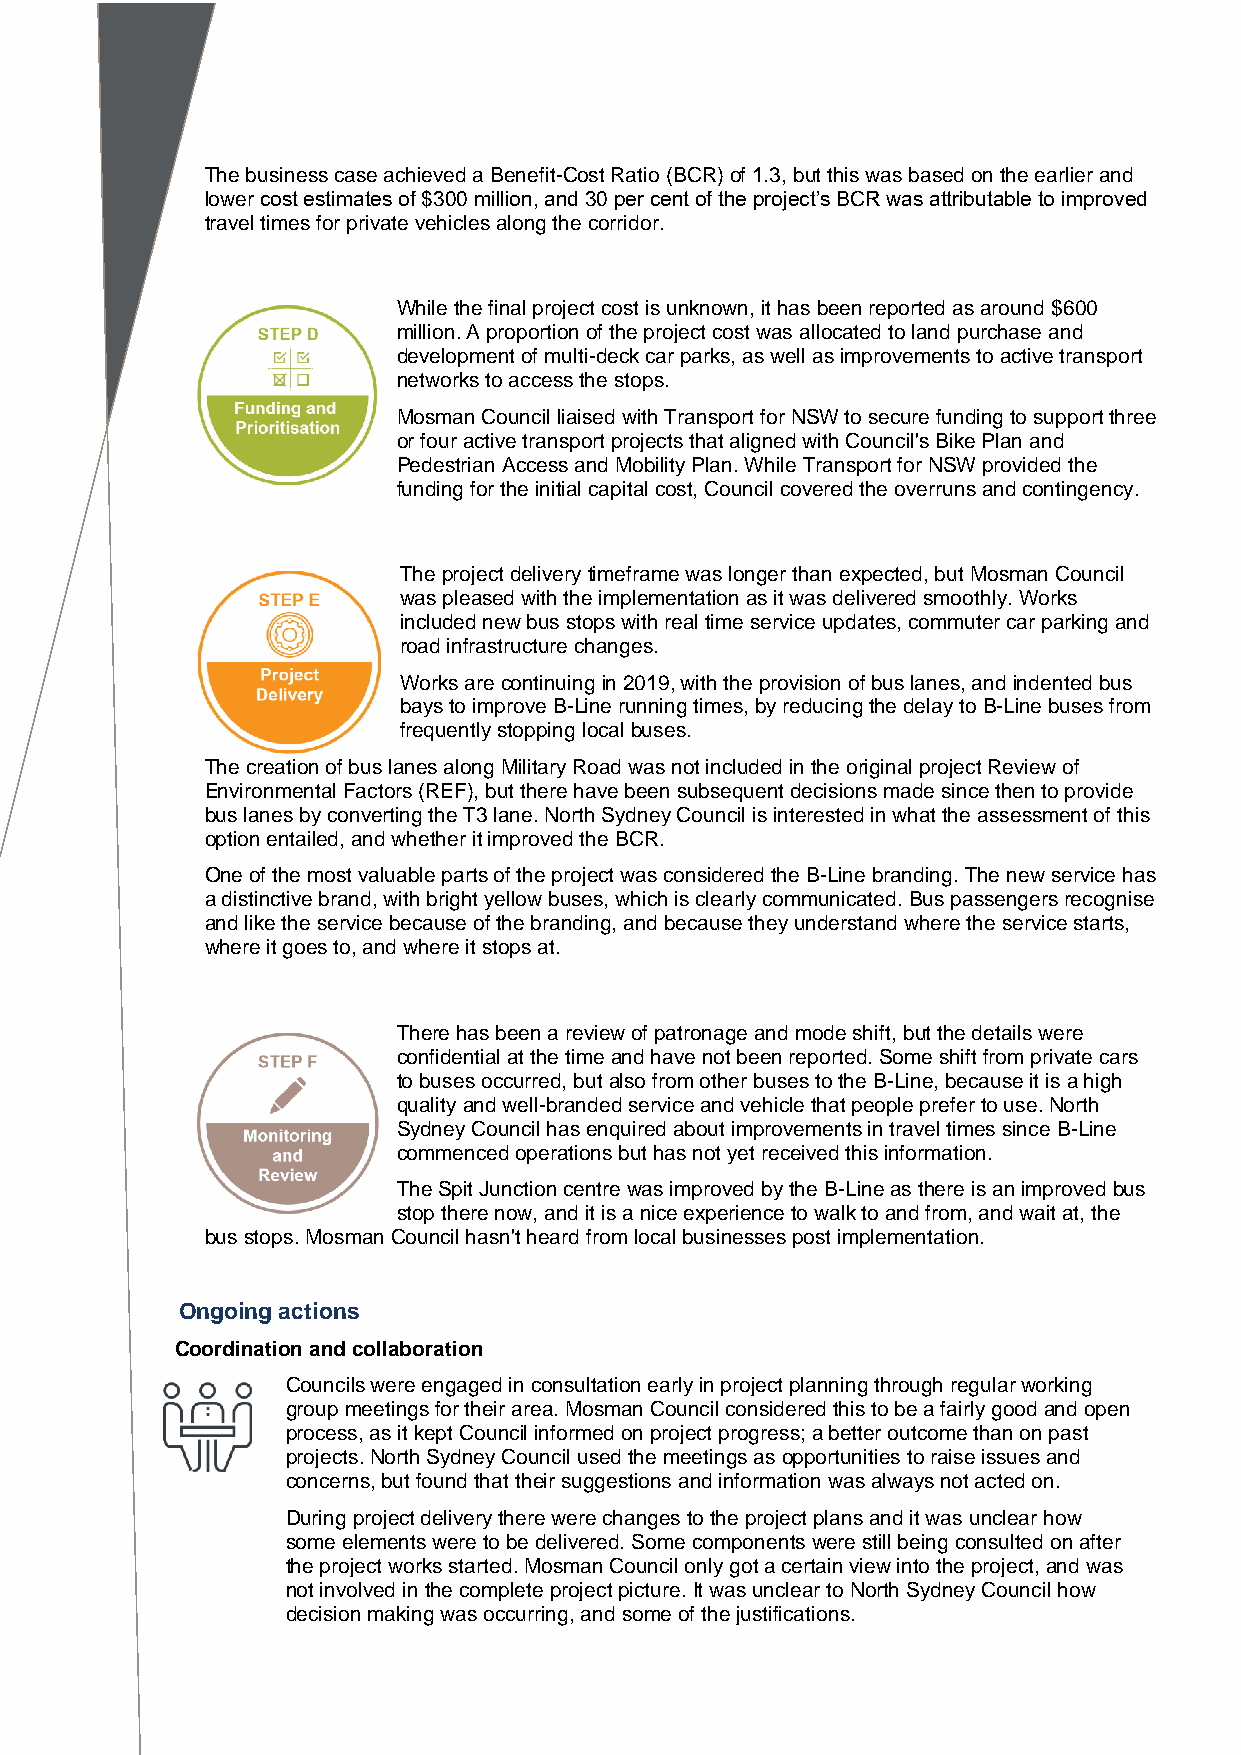
The business case achieved a Benefit-Cost Ratio (BCR) of 1.3, but this was based on the earlier and
 lower cost estimates of $300 million, and 30 per cent of the project’s BCR was attributable to improved
 travel times for private vehicles along the corridor.
 While the final project cost is unknown, it has been reported as around $600
 million. A proportion of the project cost was allocated to land purchase and
 development of multi-deck car parks, as well as improvements to active transport
 networks to access the stops.
 Mosman Council liaised with Transport for NSW to secure funding to support three
 or four active transport projects that aligned with Council's Bike Plan and
 Pedestrian Access and Mobility Plan. While Transport for NSW provided the
 funding for the initial capital cost, Council covered the overruns and contingency.
 The project delivery timeframe was longer than expected, but Mosman Council
 was pleased with the implementation as it was delivered smoothly. Works
 included new bus stops with real time service updates, commuter car parking and
 road infrastructure changes.
 Works are continuing in 2019, with the provision of bus lanes, and indented bus
 bays to improve B-Line running times, by reducing the delay to B-Line buses from
 frequently stopping local buses.
 The creation of bus lanes along Military Road was not included in the original project Review of
 Environmental Factors (REF), but there have been subsequent decisions made since then to provide
 bus lanes by converting the T3 lane. North Sydney Council is interested in what the assessment of this
 option entailed, and whether it improved the BCR.
 One of the most valuable parts of the project was considered the B-Line branding. The new service has
 a distinctive brand, with bright yellow buses, which is clearly communicated. Bus passengers recognise
 and like the service because of the branding, and because they understand where the service starts,
 where it goes to, and where it stops at.
 There has been a review of patronage and mode shift, but the details were
 confidential at the time and have not been reported. Some shift from private cars
 to buses occurred, but also from other buses to the B-Line, because it is a high
 quality and well-branded service and vehicle that people prefer to use. North
 Sydney Council has enquired about improvements in travel times since B-Line
 commenced operations but has not yet received this information.
 The Spit Junction centre was improved by the B-Line as there is an improved bus
 stop there now, and it is a nice experience to walk to and from, and wait at, the
 bus stops. Mosman Council hasn't heard from local businesses post implementation.
 Ongoing actions
 Coordination and collaboration
 Councils were engaged in consultation early in project planning through regular working
 group meetings for their area. Mosman Council considered this to be a fairly good and open
 process, as it kept Council informed on project progress; a better outcome than on past
 projects. North Sydney Council used the meetings as opportunities to raise issues and
 concerns, but found that their suggestions and information was always not acted on.
 During project delivery there were changes to the project plans and it was unclear how
 some elements were to be delivered. Some components were still being consulted on after
 the project works started. Mosman Council only got a certain view into the project, and was
 not involved in the complete project picture. It was unclear to North Sydney Council how
 decision making was occurring, and some of the justifications.